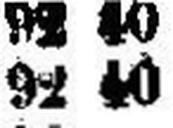
92 40